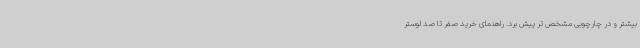
بیشتر و در چارچوبی مشخص تر پیش برد. راهنمای خرید صفر تا صد لوستر